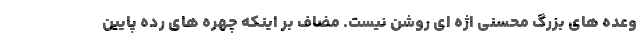
وعده های بزرگ محسنی اژه ای روشن نیست. مضاف بر اینکه چهره های رده پایین